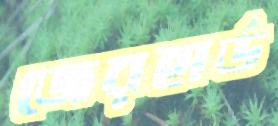
জেরহার্ড